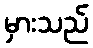
မှားသည်